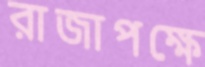
রাজাপক্ষে